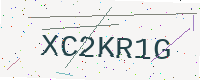
Text: XC2KR1G